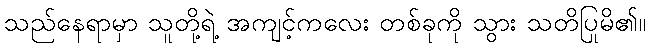
သည်နေရာမှာ သူတို့ရဲ့ အကျင့်ကလေး တစ်ခုကို သွား သတိပြုမိ၏။